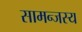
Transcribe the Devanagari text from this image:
सामन्‍जस्‍य